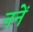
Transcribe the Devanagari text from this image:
ननें